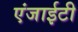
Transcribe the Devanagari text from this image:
एंजाईटी